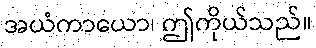
အယံကာယော၊ ဤကိုယ်သည်။